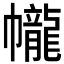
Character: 𱜼